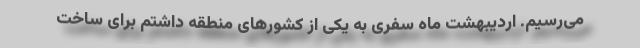
می‌رسیم. اردیبهشت ماه سفری به یکی از کشورهای منطقه داشتم برای ساخت